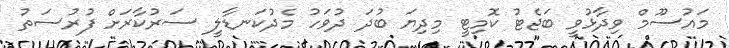
މައުސޫމް ވިދާޅުވީ ބަޖެޓު ކޮމިޓީ މިދިޔަ ބުދަ ދުވަހު މެދުކަނޑާލީ ސަރުކާރަށް ފުރުސަތު